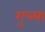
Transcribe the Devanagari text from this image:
गुप्‍त्या